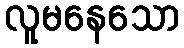
လူမနေသော